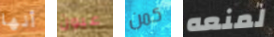
أنها عيون كمن لمنعه